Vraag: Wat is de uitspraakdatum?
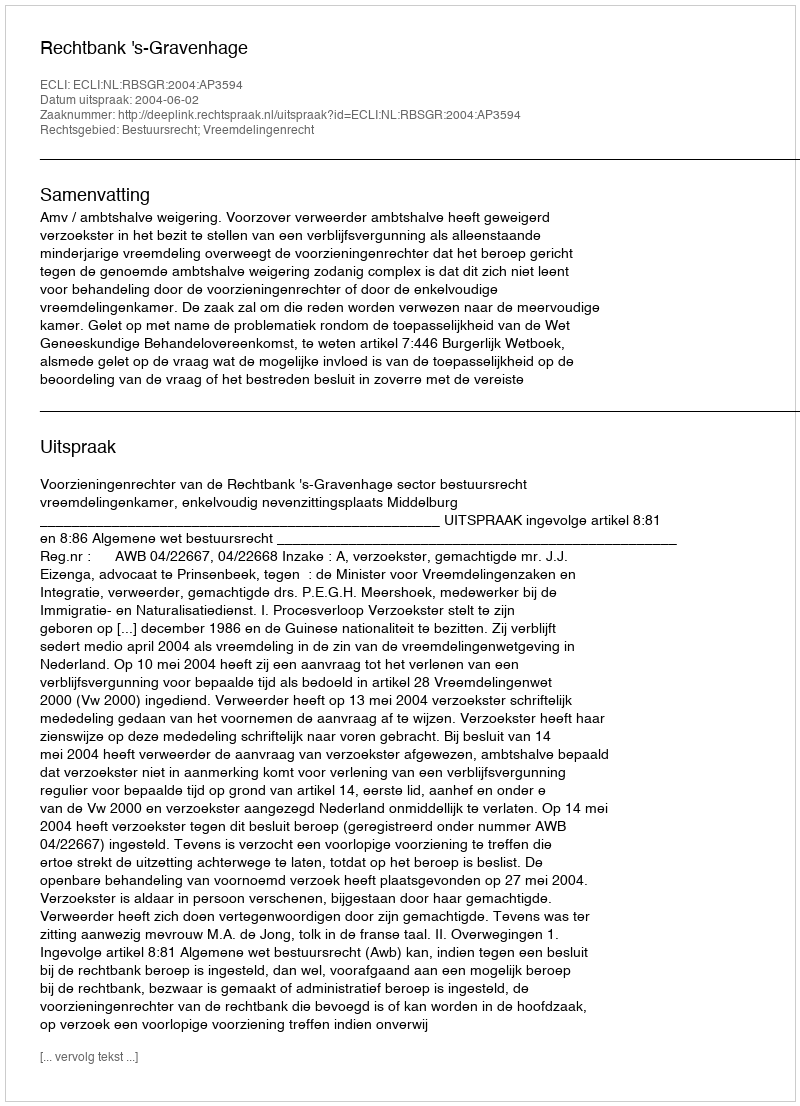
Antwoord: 2004-06-02